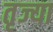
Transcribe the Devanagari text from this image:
तृज्या